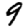
Digit: 9